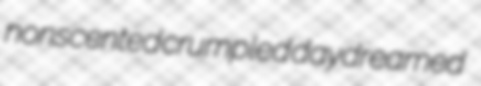
nonscented crumpled daydreamed